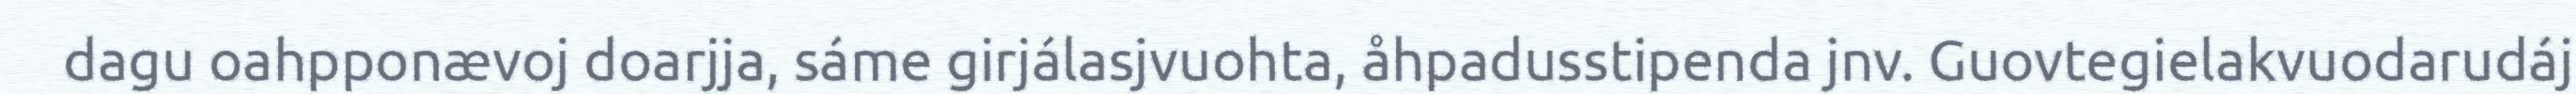
dagu oahpponævoj doarjja, sáme girjálasjvuohta, åhpadusstipenda jnv. Guovtegielakvuodarudáj